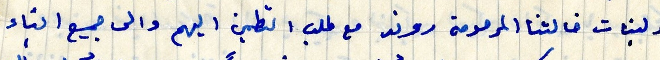
ولبنات خالتنا المرحومة روند مع طلب التطمين اليهم والى جميع ابناء